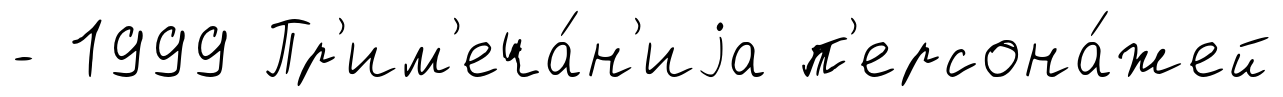
- 1999 Пр'им'еча́н'иjа п'ерсона́жей